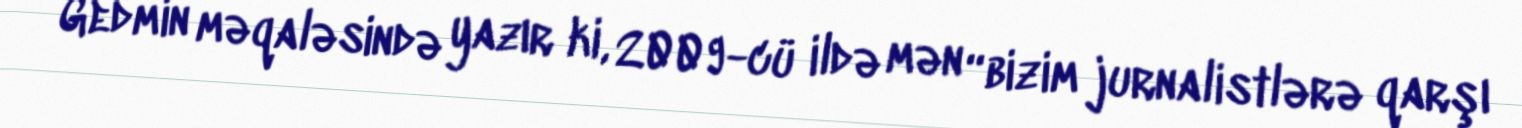
Gedmin məqaləsində yazır ki, 2009-cü ildə mən “bizim jurnalistlərə qarşı